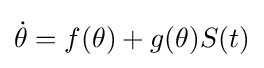
{\dot {\theta }}=f(\theta )+g(\theta )S(t)